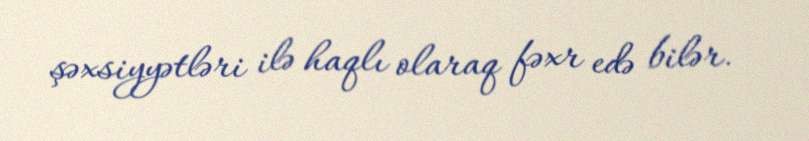
şəxsiyyətləri ilə haqlı olaraq fəxr edə bilər.